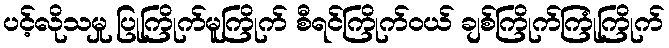
ပင့်လိုသမှု ပြုကြိုက်မူကြိုက် စီရင်ကြိုက်ဝယ် ချစ်ကြိုက်ကြုံကြိုက်